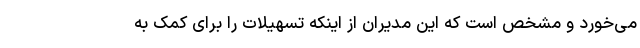
می‌خورد و مشخص است که این مدیران از اینکه تسهیلات را برای کمک به